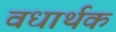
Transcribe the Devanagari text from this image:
वधार्थक